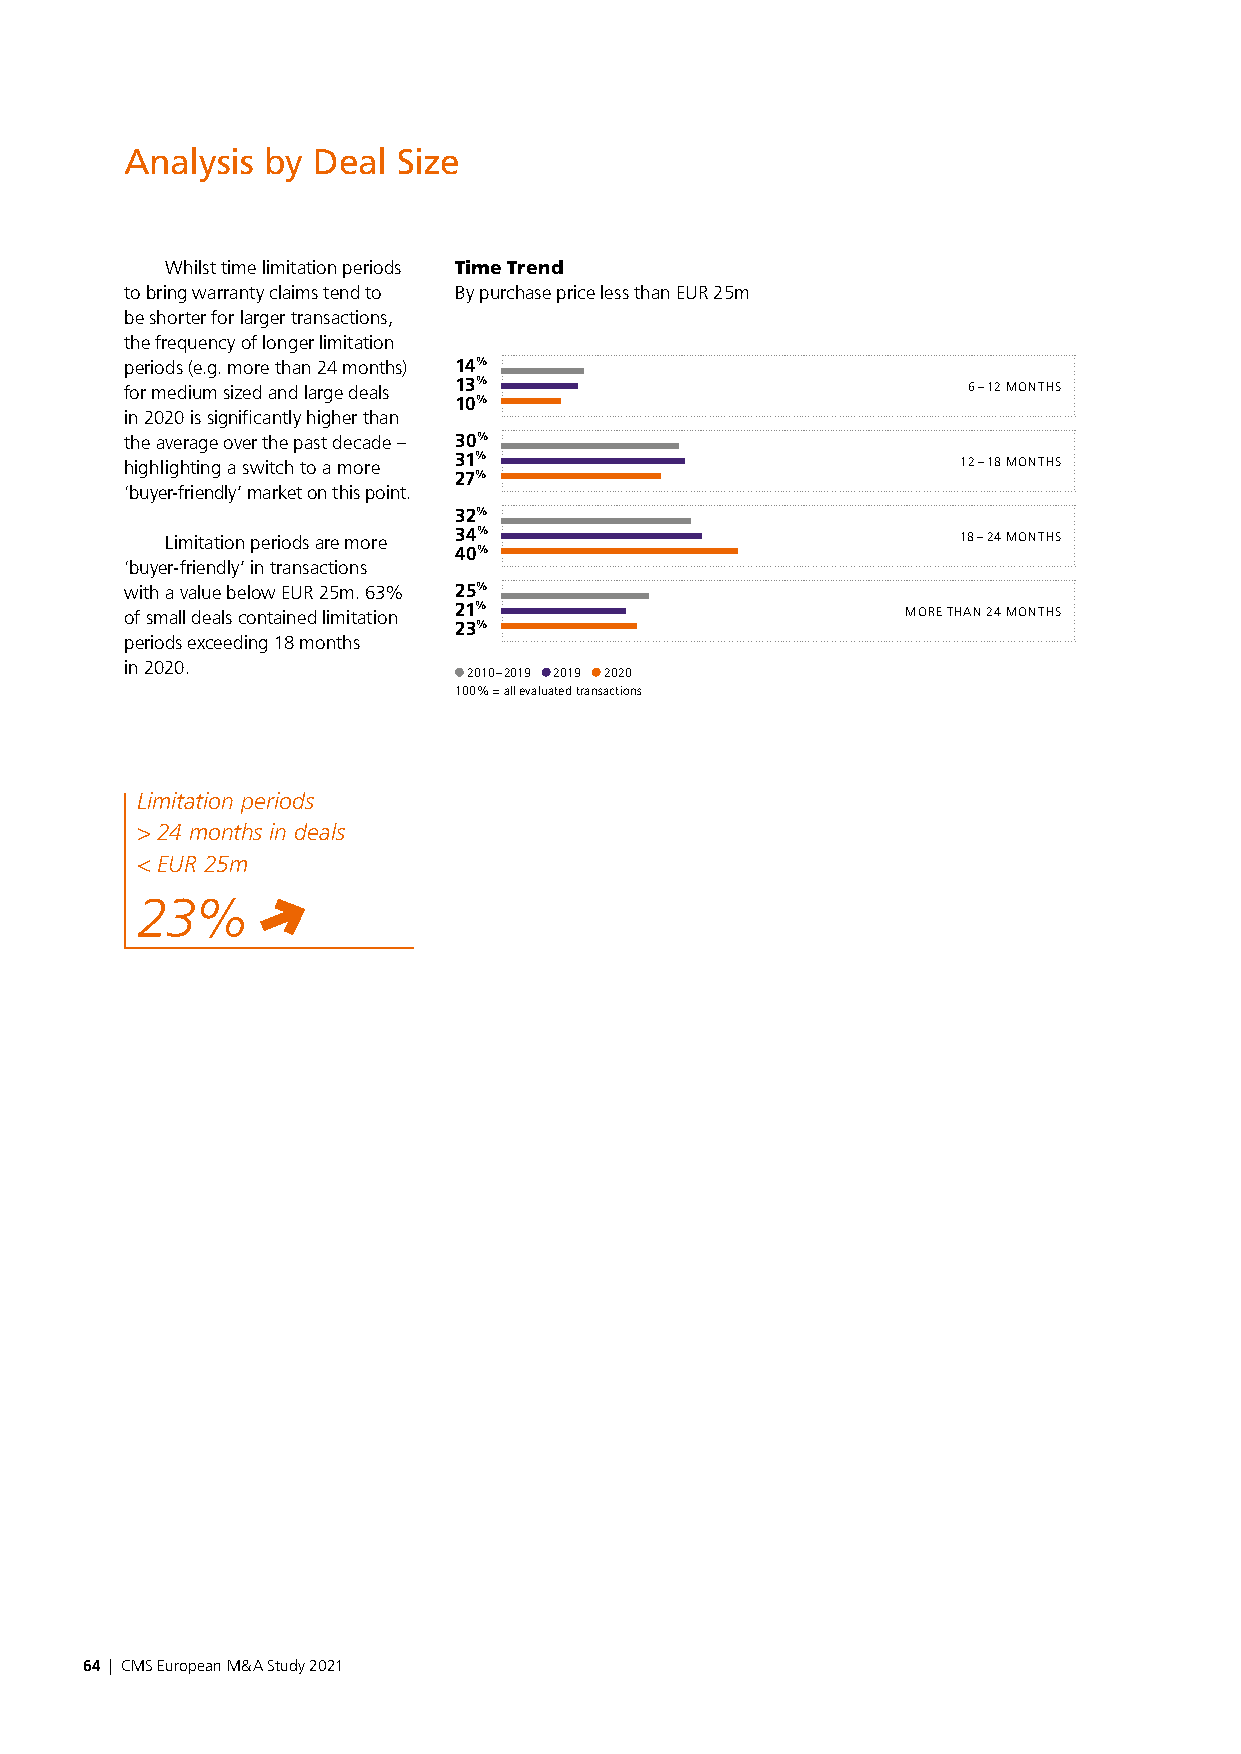
Analysis by  Deal Size
 Whilst time limitation periods Time Trend
 to bring warranty claims tend to By purchase price less than EUR 25m
 be shorter for larger transactions,
 the frequency of longer limitation
 periods (e.g. more than 24 months) 14%
 for medium sized and large deals 13%                    6 – 12 MONTHS
 10%
 in 2020 is significantly higher than
 the average over the past decade – 30%
 highlighting a switch to a more 31%                     12 – 18 MONTHS
 27%
 ‘buyer-friendly’ market on this point.
 32%
 Limitation periods are more 34%                      18 – 24 MONTHS
 40%
 ‘buyer-friendly’ in transactions
 with a value below EUR 25m. 63% 25%
 of small deals contained limitation 21%             MORE THAN 24 MONTHS
 23%
 periods exceeding 18 months
 in 2020.
 2010 – 2019 2019 2020
 100 % = all evaluated transactions
 Limitation periods
 > 24 months in deals
 < EUR 25m
 23%
 64 | CMS European M & A Study 2021